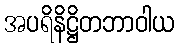
အပရိနိဋ္ဌိတဘာဝါယ